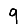
Digit: 9